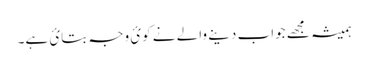
ہمیشہ مجھے جواب دینے والے نے کوئ وجہ بتائ ہے۔